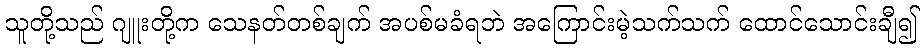
သူတို့သည် ဂျူးတို့က သေနတ်တစ်ချက် အပစ်မခံရဘဲ အကြောင်းမဲ့သက်သက် ထောင်သောင်းချီ၍